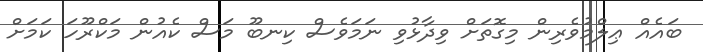
ބައެއް ޢިލްމުވެރިން މިގޮތަށް ވިދާޅުވި ނަމަވެސް ކިނބޫ މަސް ކެއުން މަކްރޫހަ ކަމަށް